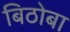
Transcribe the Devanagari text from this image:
बिठोबा